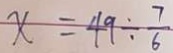
x = 4 9 \div \frac { 7 } { 6 }